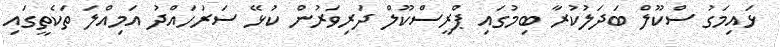
ޅައިމަގު ސްކޫލް ބަދަލުކުރާ ބިމުގައި ޕްރީސްކޫލް ދަރިވަރުން ކުޅޭ ސަރަހައްދު އަމިއްލަ ތަކެތީގައި